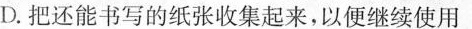
D.把还能书写的纸张收集起来，以便继续使用